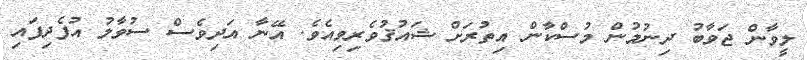
ލީވާން ޖަވާބު ދިނުމުން މުސްކާން އިތުރަށް ޝައުޤުވެރިވިއެވެ. އޭނާ އަދިވެސް ސުވާލު އުފެދިފައި